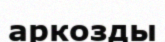
аркозды